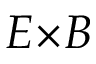
E { \times } B